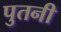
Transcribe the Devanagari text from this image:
पुतनी